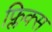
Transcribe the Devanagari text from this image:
फ्लिक्स